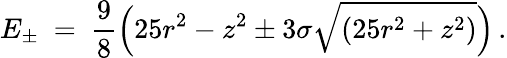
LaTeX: E_{\pm}\ =\ \frac 98\Big(25r^{2}-z^{2}\pm 3\sigma\sqrt{(25r^{2}+z^{2})}\Big)\, .